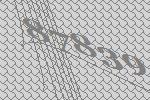
87839